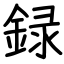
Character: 録